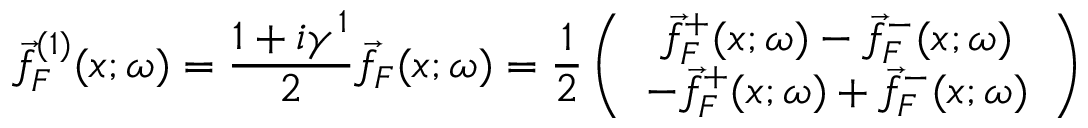
\vec { f } _ { F } ^ { ( 1 ) } ( x ; \omega ) = \frac { 1 + i \gamma ^ { 1 } } { 2 } \vec { f } _ { F } ( x ; \omega ) = \frac { 1 } { 2 } \left( \begin{array} { c } { { \vec { f } _ { F } ^ { + } ( x ; \omega ) - \vec { f } _ { F } ^ { - } ( x ; \omega ) } } \\ { { - \vec { f } _ { F } ^ { + } ( x ; \omega ) + \vec { f } _ { F } ^ { - } ( x ; \omega ) } } \end{array} \right)